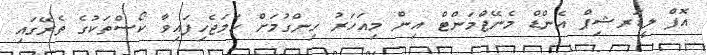
އޮފް ލީޑަރޝިޕް އެންޑް މެނޭޖްމަންޓް އިން މިއަހަރު ހިންގުމަށް ހަމަޖެހިފައިވާ ކޯސްތަކުގެ ތެރޭގައި